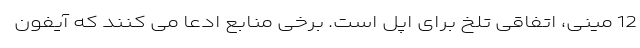
12 مینی، اتفاقی تلخ برای اپل است. برخی منابع ادعا می کنند که آیفون